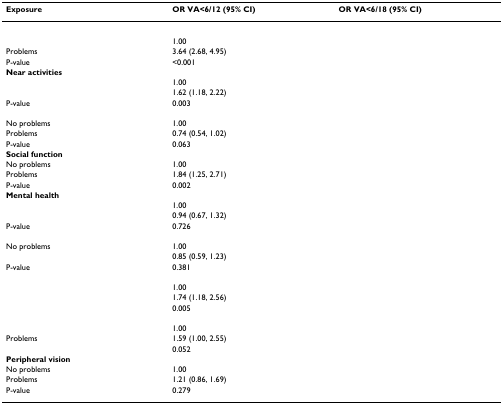
<table><thead><tr><td><b>Exposure</b></td><td><b>OR VA&lt;6/12 (95% CI)</b></td><td><b>OR VA&lt;6/18 (95% CI)</b></td></tr></thead><tbody><tr><td>[EMPTY_CELL]</td><td>[EMPTY_CELL]</td><td>[EMPTY_CELL]</td></tr><tr><td>[EMPTY_CELL]</td><td>1.00</td><td>[EMPTY_CELL]</td></tr><tr><td>Problems</td><td>3.64 (2.68, 4.95)</td><td>[EMPTY_CELL]</td></tr><tr><td>P-value</td><td>&lt;0.001</td><td>[EMPTY_CELL]</td></tr><tr><td><b>Near activities</b></td><td>[EMPTY_CELL]</td><td>[EMPTY_CELL]</td></tr><tr><td>[EMPTY_CELL]</td><td>1.00</td><td>[EMPTY_CELL]</td></tr><tr><td>[EMPTY_CELL]</td><td>1.62 (1.18, 2.22)</td><td>[EMPTY_CELL]</td></tr><tr><td>P-value</td><td>0.003</td><td>[EMPTY_CELL]</td></tr><tr><td>[EMPTY_CELL]</td><td>[EMPTY_CELL]</td><td>[EMPTY_CELL]</td></tr><tr><td>No problems</td><td>1.00</td><td>[EMPTY_CELL]</td></tr><tr><td>Problems</td><td>0.74 (0.54, 1.02)</td><td>[EMPTY_CELL]</td></tr><tr><td>P-value</td><td>0.063</td><td>[EMPTY_CELL]</td></tr><tr><td><b>Social function</b></td><td>[EMPTY_CELL]</td><td>[EMPTY_CELL]</td></tr><tr><td>No problems</td><td>1.00</td><td>[EMPTY_CELL]</td></tr><tr><td>Problems</td><td>1.84 (1.25, 2.71)</td><td>[EMPTY_CELL]</td></tr><tr><td>P-value</td><td>0.002</td><td>[EMPTY_CELL]</td></tr><tr><td><b>Mental health</b></td><td>[EMPTY_CELL]</td><td>[EMPTY_CELL]</td></tr><tr><td>[EMPTY_CELL]</td><td>1.00</td><td>[EMPTY_CELL]</td></tr><tr><td>[EMPTY_CELL]</td><td>0.94 (0.67, 1.32)</td><td>[EMPTY_CELL]</td></tr><tr><td>P-value</td><td>0.726</td><td>[EMPTY_CELL]</td></tr><tr><td>[EMPTY_CELL]</td><td>[EMPTY_CELL]</td><td>[EMPTY_CELL]</td></tr><tr><td>No problems</td><td>1.00</td><td>[EMPTY_CELL]</td></tr><tr><td>[EMPTY_CELL]</td><td>0.85 (0.59, 1.23)</td><td>[EMPTY_CELL]</td></tr><tr><td>P-value</td><td>0.381</td><td>[EMPTY_CELL]</td></tr><tr><td>[EMPTY_CELL]</td><td>[EMPTY_CELL]</td><td>[EMPTY_CELL]</td></tr><tr><td>[EMPTY_CELL]</td><td>1.00</td><td>[EMPTY_CELL]</td></tr><tr><td>[EMPTY_CELL]</td><td>1.74 (1.18, 2.56)</td><td>[EMPTY_CELL]</td></tr><tr><td>[EMPTY_CELL]</td><td>0.005</td><td>[EMPTY_CELL]</td></tr><tr><td>[EMPTY_CELL]</td><td>[EMPTY_CELL]</td><td>[EMPTY_CELL]</td></tr><tr><td>[EMPTY_CELL]</td><td>1.00</td><td>[EMPTY_CELL]</td></tr><tr><td>Problems</td><td>1.59 (1.00, 2.55)</td><td>[EMPTY_CELL]</td></tr><tr><td>[EMPTY_CELL]</td><td>0.052</td><td>[EMPTY_CELL]</td></tr><tr><td><b>Peripheral vision</b></td><td>[EMPTY_CELL]</td><td>[EMPTY_CELL]</td></tr><tr><td>No problems</td><td>1.00</td><td>[EMPTY_CELL]</td></tr><tr><td>Problems</td><td>1.21 (0.86, 1.69)</td><td>[EMPTY_CELL]</td></tr><tr><td>P-value</td><td>0.279</td><td>[EMPTY_CELL]</td></tr></tbody></table>